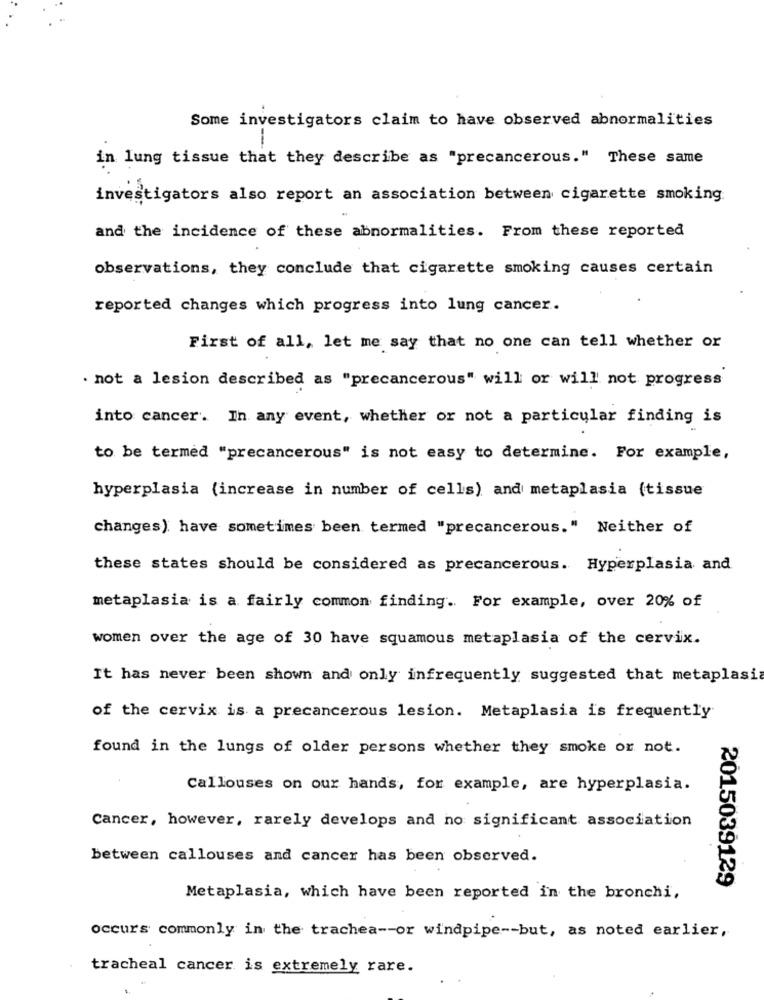
Some investigators claim to have observed abnormalities
-
in lung tissue that they describe as "precancerous." These same
investigators also report an association between cigarette smoking.
and the incidence of these abnormalities. From these reported
observations, they conclude that cigarette smoking causes certain
reported changes which progress into lung cancer.
First of all, let me say that no one can tell whether or
· not a lesion described as "precancerous" will or will not progress
into cancer. In any event, whether or not a particular finding is
to be termed "precancerous" is not easy to determine. For example,
hyperplasia (increase in number of cells) and metaplasia (tissue
changes) have sometimes been termed "precancerous." Neither of
these states should be considered as precancerous. Hyperplasia and
metaplasia is a fairly common finding .. For example, over 20% of
women over the age of 30 have squamous metaplasia of the cervix.
It has never been shown and only infrequently suggested that metaplasia
of the cervix is a precancerous lesion. Metaplasia is frequently
found in the lungs of older persons whether they smoke or not.
Callouses on our hands, for example, are hyperplasia.
Cancer, however, rarely develops and no significant association
between callouses and cancer has been observed.
2015039129
Metaplasia, which have been reported in the bronchi,
occurs commonly in the trachea -- or windpipe -- but, as noted earlier,
tracheal cancer is extremely rare.